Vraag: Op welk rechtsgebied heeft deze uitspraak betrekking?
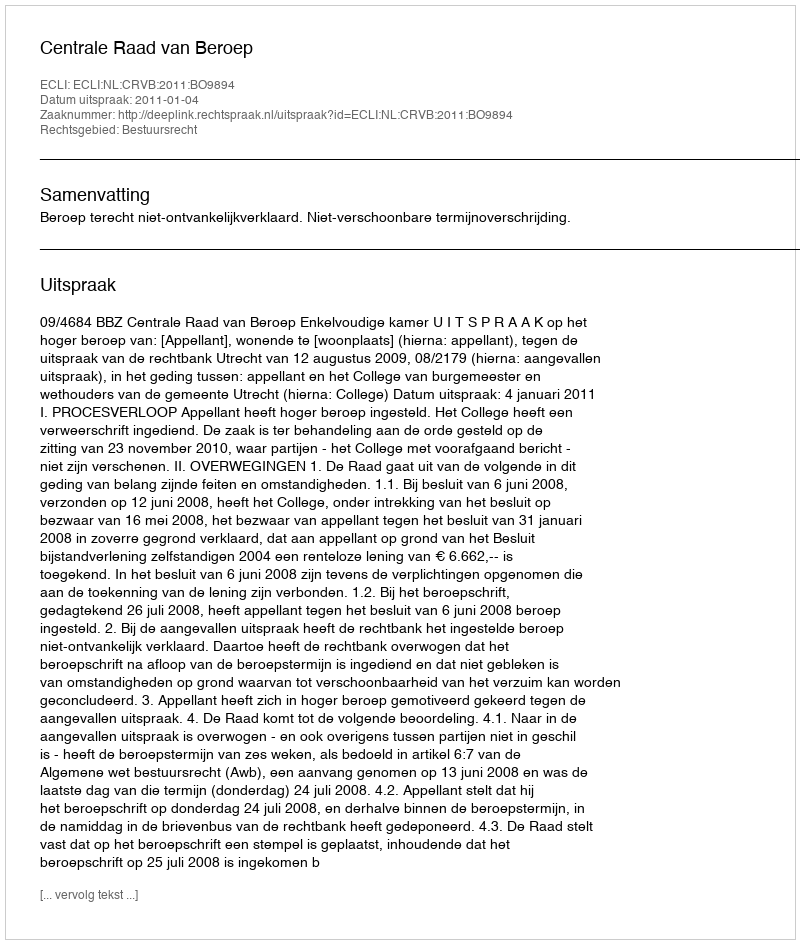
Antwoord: Bestuursrecht